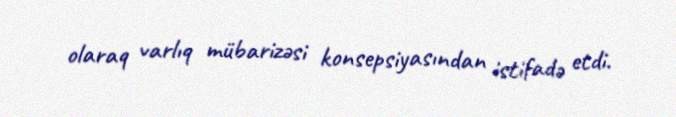
olaraq varlıq mübarizəsi konsepsiyasından istifadə etdi.